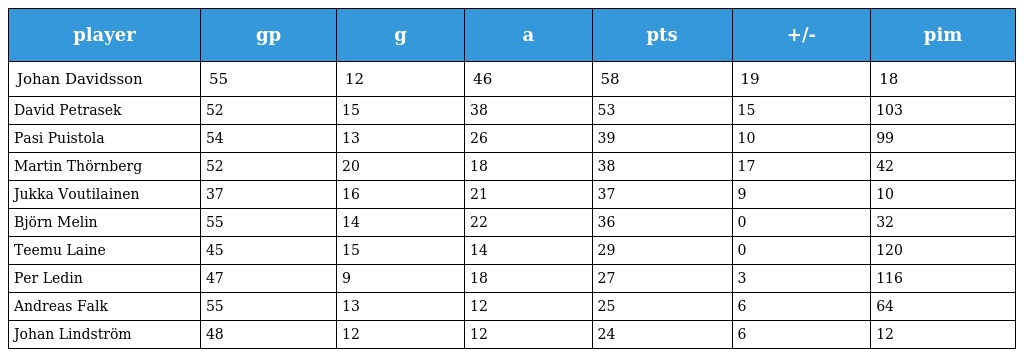
| player | gp | g | a | pts | +/- | pim |
 | --- | --- | --- | --- | --- | --- | --- |
 | Johan Davidsson | 55 | 12 | 46 | 58 | 19 | 18 |
 | David Petrasek | 52 | 15 | 38 | 53 | 15 | 103 |
 | Pasi Puistola | 54 | 13 | 26 | 39 | 10 | 99 |
 | Martin Thörnberg | 52 | 20 | 18 | 38 | 17 | 42 |
 | Jukka Voutilainen | 37 | 16 | 21 | 37 | 9 | 10 |
 | Björn Melin | 55 | 14 | 22 | 36 | 0 | 32 |
 | Teemu Laine | 45 | 15 | 14 | 29 | 0 | 120 |
 | Per Ledin | 47 | 9 | 18 | 27 | 3 | 116 |
 | Andreas Falk | 55 | 13 | 12 | 25 | 6 | 64 |
 | Johan Lindström | 48 | 12 | 12 | 24 | 6 | 12 |